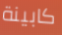
كابينة